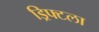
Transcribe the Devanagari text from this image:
ड्रिफ्टला